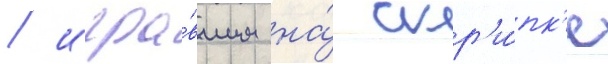
/ игра́вшим на́ скр'и́пк'е